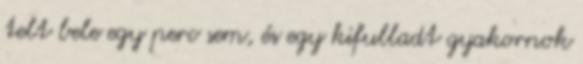
telt bele egy perc sem, és egy kifulladt gyakornok